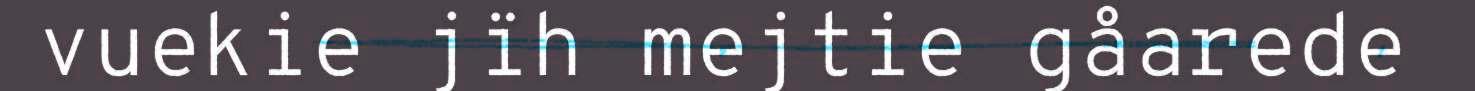
vuekie jïh mejtie gåarede